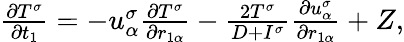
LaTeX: \begin{array}{r}{\begin{array}{r}{\frac{\partial T^{\sigma}}{\partial t_{1}}=-u_{\alpha}^{\sigma}\frac{\partial T^{\sigma}}{\partial r_{1\alpha}}-\frac{2T^{\sigma}}{D+I^{\sigma}}\frac{\partial u_{\alpha}^{\sigma}}{\partial r_{1\alpha}}+Z,}\end{array}}\end{array}